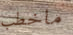
ماخطب